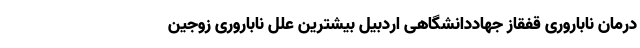
درمان ناباروری قفقاز جهاددانشگاهی اردبیل بیشترین علل ناباروری زوجین